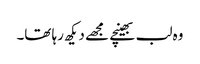
وہ لب بھینچے مجھے دیکھ رہا تھا۔